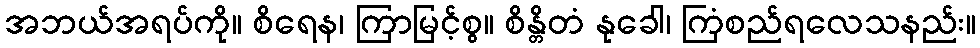
အဘယ်အရပ်ကို။ စိရေန၊ ကြာမြင့်စွ။ စိန္တိတံ နုခေါ၊ ကြံစည်ရလေသနည်း။